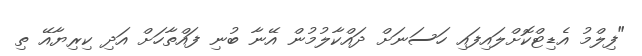
"ފިލްމު އެޑިޓްކޮށްލައިފައި ހަސަނަށް ދައްކާލުމުން އޭނާ ބުނި ފައްތާހަށް އަދި ކިރިޔާއޭ ތި